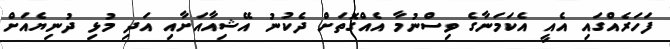
ފަހަރެއްގައި އެއީ އެކަމަނާގެ ވިސްނުމާ އެއްގޮތަށް ދެކުނު އޭޝިއާއަށާއި އަދި މުޅި ދުނިޔެއަށް